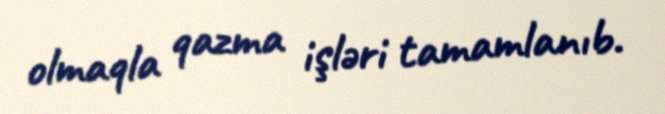
olmaqla qazma işləri tamamlanıb.